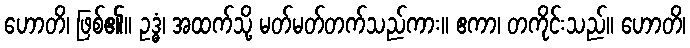
ဟောတိ၊ ဖြစ်၏။ ဥဒ္ဓံ၊ အထက်သို့ မတ်မတ်တက်သည်ကား။ ဧကာ၊ တကိုင်းသည်။ ဟောတိ၊